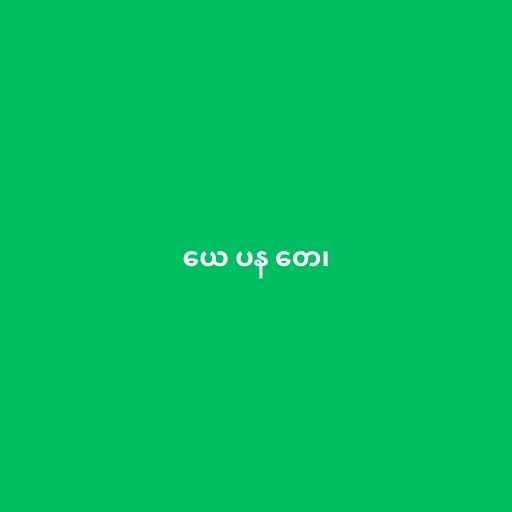
ယေ ပန တေ၊